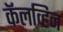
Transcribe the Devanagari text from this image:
कॅलव्हिन